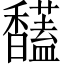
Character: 𩡤